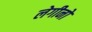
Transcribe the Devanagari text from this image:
लेगीनो